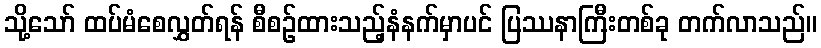
သို့သော် ထပ်မံစေလွှတ်ရန် စီစဉ်ထားသည့်နံနက်မှာပင် ပြဿနာကြီးတစ်ခု တက်လာသည်။